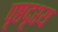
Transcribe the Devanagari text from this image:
पृष्ठदृश्य